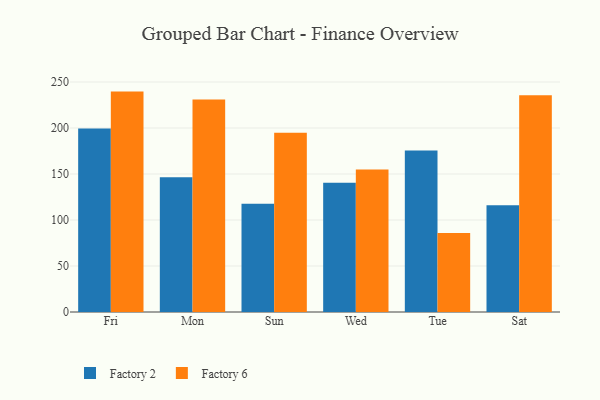
{"axis": {"x": "Day", "y": "LTV (USD)"}, "legend": ["Factory 2", "Factory 6"], "data": [{"x": "Fri", "y": 199.5, "type": "Factory 2"}, {"x": "Fri", "y": 239.6, "type": "Factory 6"}, {"x": "Mon", "y": 146.5, "type": "Factory 2"}, {"x": "Mon", "y": 231.0, "type": "Factory 6"}, {"x": "Sun", "y": 117.8, "type": "Factory 2"}, {"x": "Sun", "y": 194.9, "type": "Factory 6"}, {"x": "Wed", "y": 140.4, "type": "Factory 2"}, {"x": "Wed", "y": 154.9, "type": "Factory 6"}, {"x": "Tue", "y": 175.5, "type": "Factory 2"}, {"x": "Tue", "y": 85.8, "type": "Factory 6"}, {"x": "Sat", "y": 116.0, "type": "Factory 2"}, {"x": "Sat", "y": 235.7, "type": "Factory 6"}]}